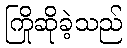
ကြိုဆိုခဲ့သည်